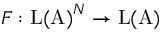
F : \mathrm { L ( A ) } ^ { N } \to \mathrm { L ( A ) }